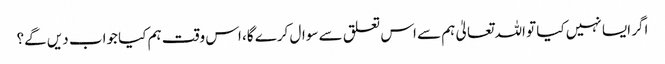
اگر ایسا نہیں کیا تو اللہ تعالیٰ ہم سے اس تعلق سے سوال کرے گا، اس وقت ہم کیا جواب دیں گے؟